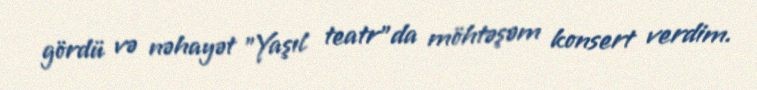
gördü və nəhayət "Yaşıl teatr"da möhtəşəm konsert verdim.